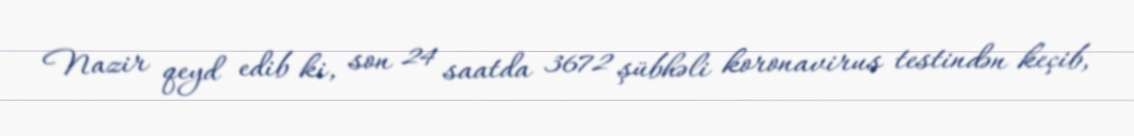
Nazir qeyd edib ki, son 24 saatda 3672 şübhəli koronavirus testindən keçib,